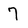
Character: 7